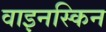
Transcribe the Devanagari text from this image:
वाइनस्किन